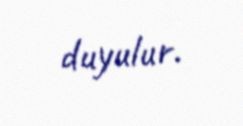
duyulur.